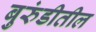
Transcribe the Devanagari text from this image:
बुरुंडीतील